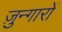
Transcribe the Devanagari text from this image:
ज़ुन्गारों